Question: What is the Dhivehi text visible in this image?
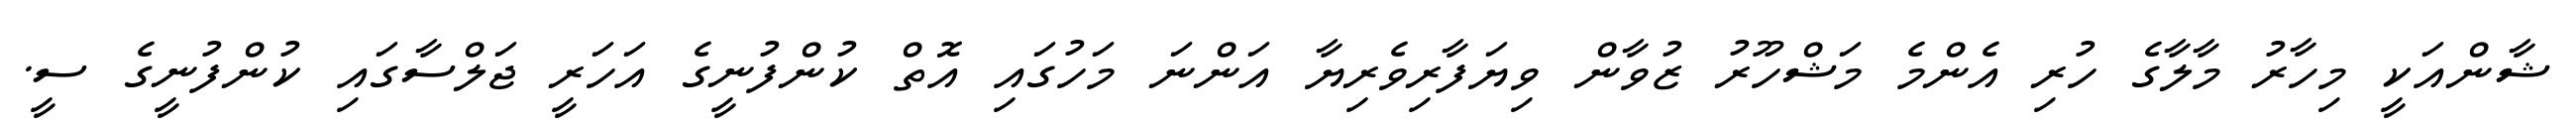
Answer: ޝާންއަކީ މިހާރު މާލާގެ ހުރި އެންމެ މަޝްހޫރު ޒުވާން ވިޔަފާރިވެރިޔާ އަންނަ މަހުގައި އޮތް ކުންފުނީގެ އަހަރީ ޖަލްސާގައި ކުންފުނީގެ ސީ.